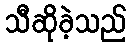
သီဆိုခဲ့သည်